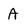
Character: A